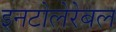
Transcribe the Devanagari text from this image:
इनटोलेरेबल